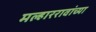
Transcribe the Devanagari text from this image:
मल्हाररावांच्या